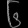
Digit: ၆